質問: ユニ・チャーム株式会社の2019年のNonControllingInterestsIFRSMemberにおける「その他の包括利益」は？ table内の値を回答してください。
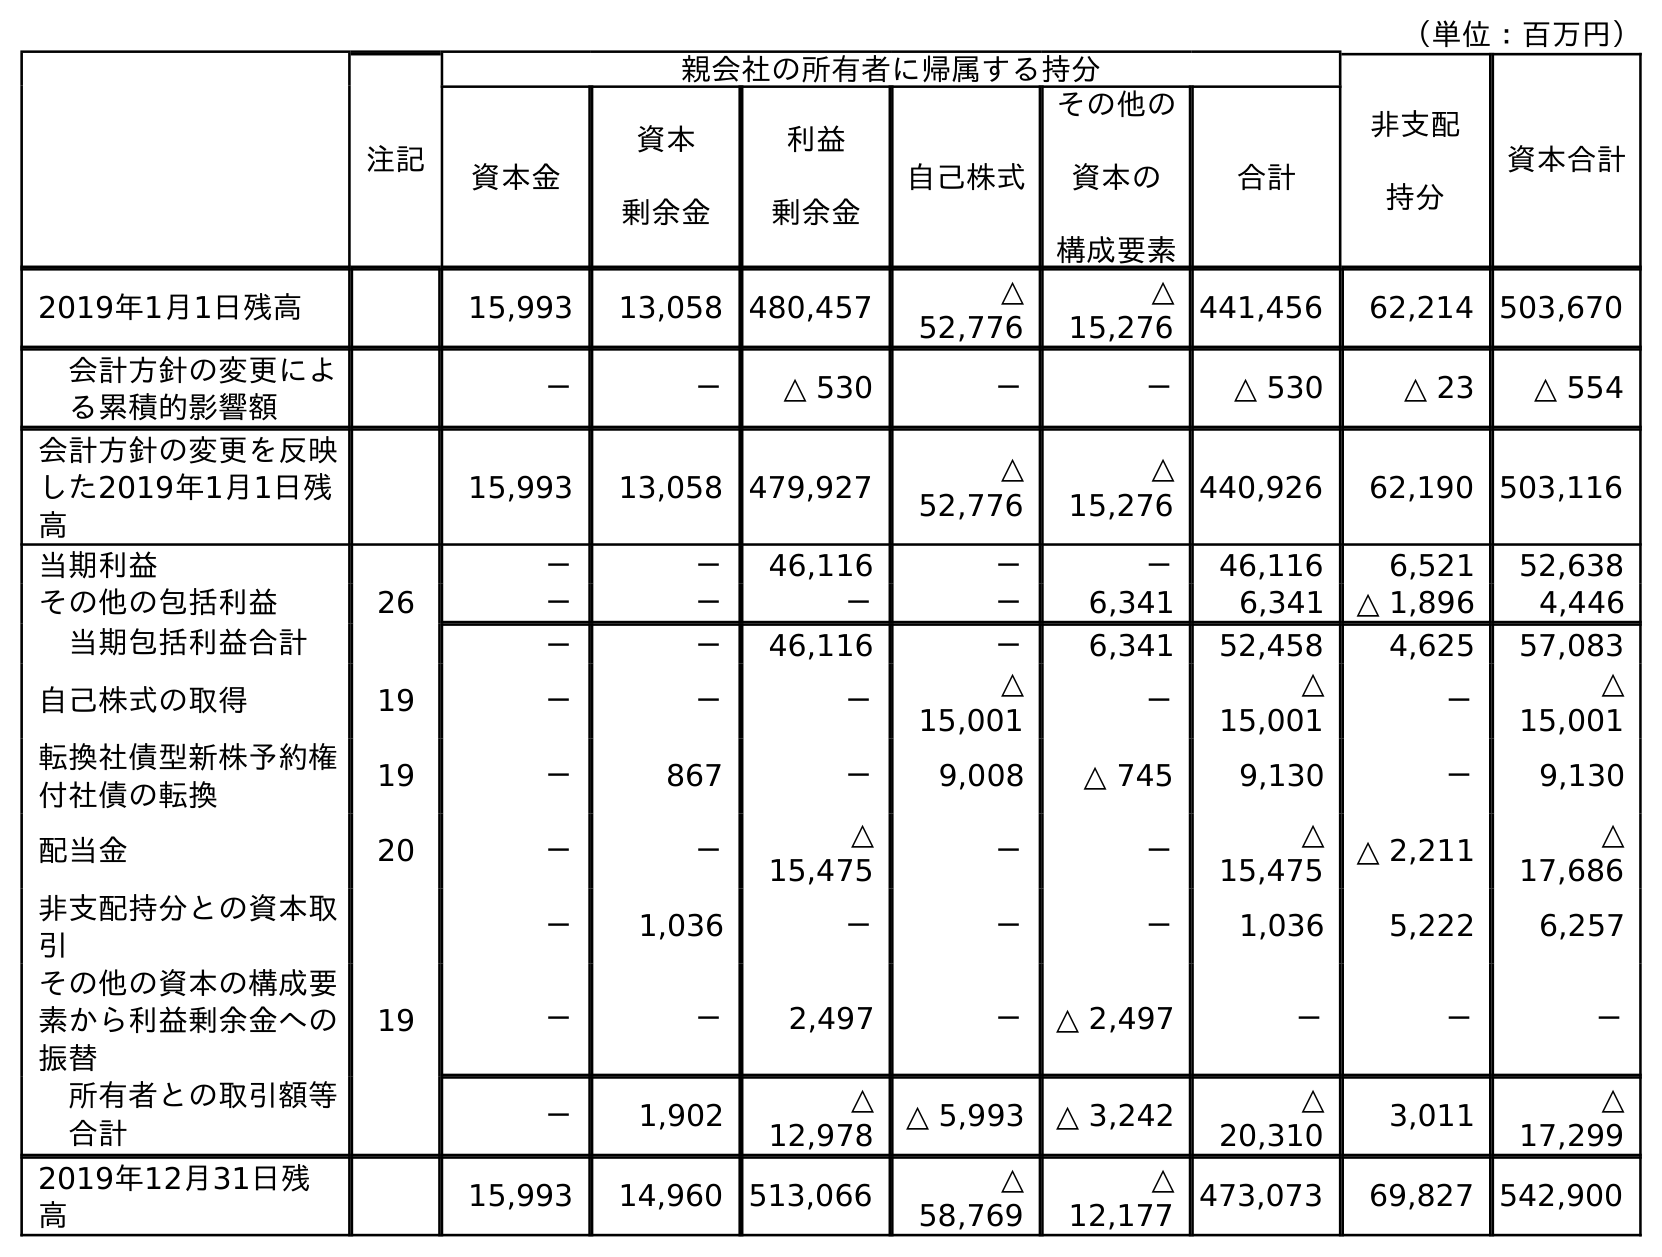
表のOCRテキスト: （単位：百万円） 注記 親会社の所有者に帰属する持分 非支配 持分 資本合計 資本金 資本 剰余金 利益 剰余金 自己株式 その他の 資本の 構成要素 合計 2019年1月1日残高 15,993 13,058 480,457 △ 52,776 △ 15,276 441,456 62,214 503,670 会計方針の変更によ る累積的影響額 － － △ 530 － － △ 530 △ 23 △ 554 会計方針の変更を反映 した2019年1月1日残 高 15,993 13,058 479,927 △ 52,776 △ 15,276 440,926 62,190 503,116 当期利益 － － 46,116 － － 46,116 6,521 52,638 その他の包括利益 26 － － － － 6,341 6,341 △ 1,896 4,446 当期包括利益合計 － － 46,116 － 6,341 52,458 4,625 57,083 自己株式の取得 19 － － － △ 15,001 － △ 15,001 － △ 15,001 転換社債型新株予約権 付社債の転換 19 － 867 － 9,008 △ 745 9,130 － 9,130 配当金 20 － － △ 15,475 － － △ 15,475 △ 2,211 △ 17,686 非支配持分との資本取 引 － 1,036 － － － 1,036 5,222 6,257 その他の資本の構成要 素から利益剰余金への 振替 19 － － 2,497 － △ 2,497 － － － 所有者との取引額等 合計 － 1,902 △ 12,978 △ 5,993 △ 3,242 △ 20,310 3,011 △ 17,299 2019年12月31日残 高 15,993 14,960 513,066 △ 58,769 △ 12,177 473,073 69,827 542,900
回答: △1,896